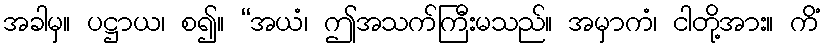
အခါမှ။ ပဋ္ဌာယ၊ စ၍။ “အယံ၊ ဤအသက်ကြီးမသည်။ အမှာကံ၊ ငါတို့အား။ ကိံ